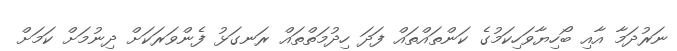
ނަރުދަމާ އާއި ބޯހިޔާވަހިކަމުގެ ކަންތައްތައް ފަދަ ހިދުމަތްތައް ރަނގަޅު ފެންވަރަކަށް ދިނުމަށް ކަމަށް